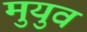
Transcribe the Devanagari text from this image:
मुयुव